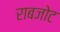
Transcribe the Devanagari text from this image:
राबजोट